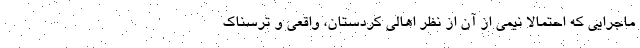
ماجرایی که احتمالا نیمی از آن از نظر اهالی کردستان، واقعی و ترسناک